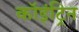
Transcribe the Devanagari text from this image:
कॉइंट्रिन